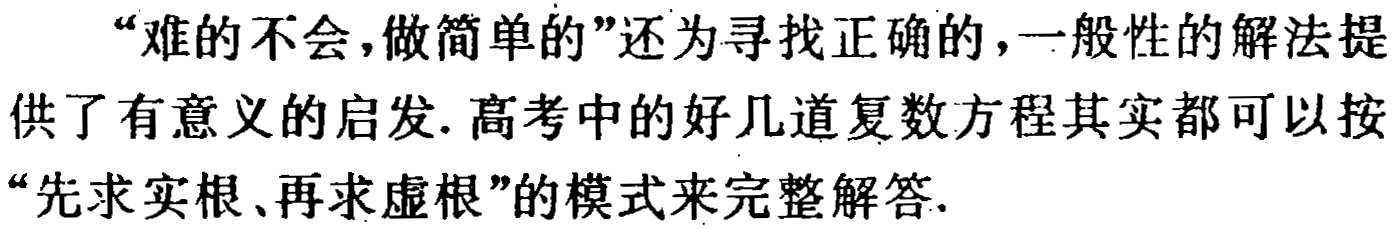
“难的不会,做简单的”还为寻找正确的,一般性的解法提供了有意义的启发. 高考中的好几道复数方程其实都可以按“先求实根、再求虚根”的模式来完整解答.